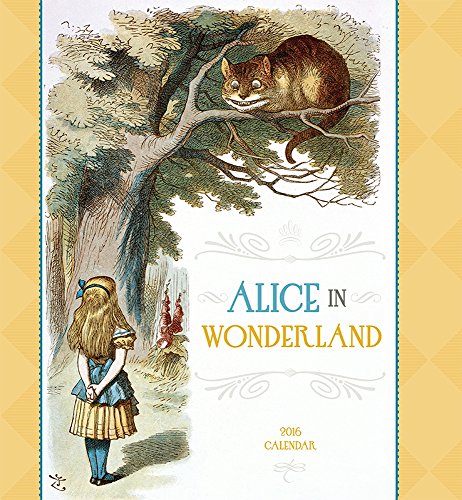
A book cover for Alice in Wonderland 2016 Calendar; Calendars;